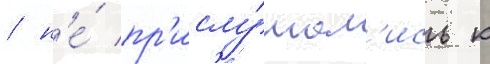
/ н'е́ пр'ислу́шал'ись к